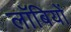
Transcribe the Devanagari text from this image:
लॉबियों